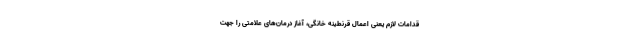
قدامات لازم یعنی اعمال قرنطینه خانگی، آغاز درمان‌های علامتی را جهت